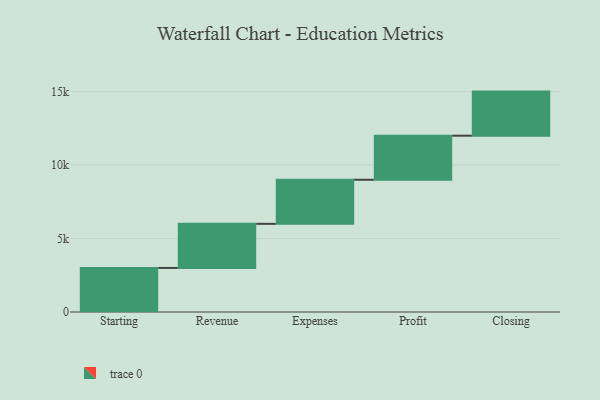
{"axis": {"x": "Step", "y": "Value"}, "legend": [""], "data": [{"x": "Starting", "y": 3000, "type": ""}, {"x": "Revenue", "y": 3000, "type": ""}, {"x": "Expenses", "y": 3000, "type": ""}, {"x": "Profit", "y": 3000, "type": ""}, {"x": "Closing", "y": 3000, "type": ""}]}